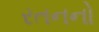
રતનનો